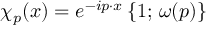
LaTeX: \chi _ { p } ( x ) = e ^ { - i p \cdot x } \, \{ 1 ; \, \omega ( p ) \}